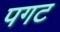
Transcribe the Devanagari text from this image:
पगट